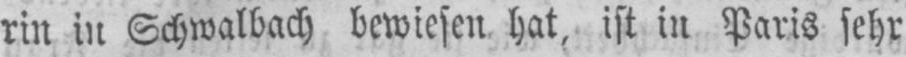
Schwalbach bewiesen hat, ist in Paris sehr